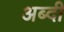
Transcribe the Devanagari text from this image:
अब्दी